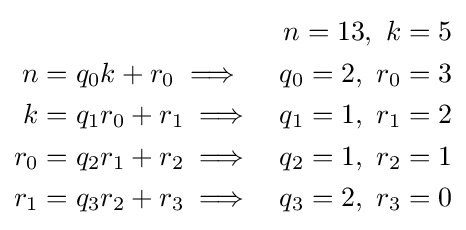
{\begin{aligned}&&n=13,\ k=5\\n&=q_{0}k+r_{0}\implies &q_{0}=2,\ r_{0}=3\\k&=q_{1}r_{0}+r_{1}\implies &q_{1}=1,\ r_{1}=2\\r_{0}&=q_{2}r_{1}+r_{2}\implies &q_{2}=1,\ r_{2}=1\\r_{1}&=q_{3}r_{2}+r_{3}\implies &q_{3}=2,\ r_{3}=0\\\end{aligned}}